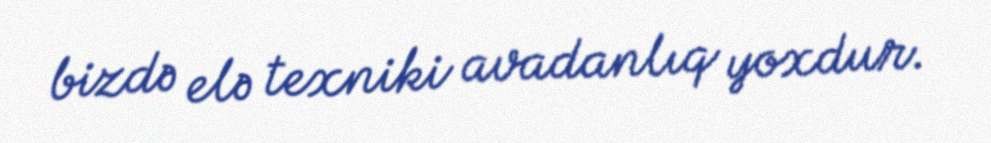
bizdə elə texniki avadanlıq yoxdur.